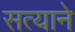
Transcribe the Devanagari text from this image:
सत्याने